Madras plague regulations and rules - Volume 2
Disease focus: Plague
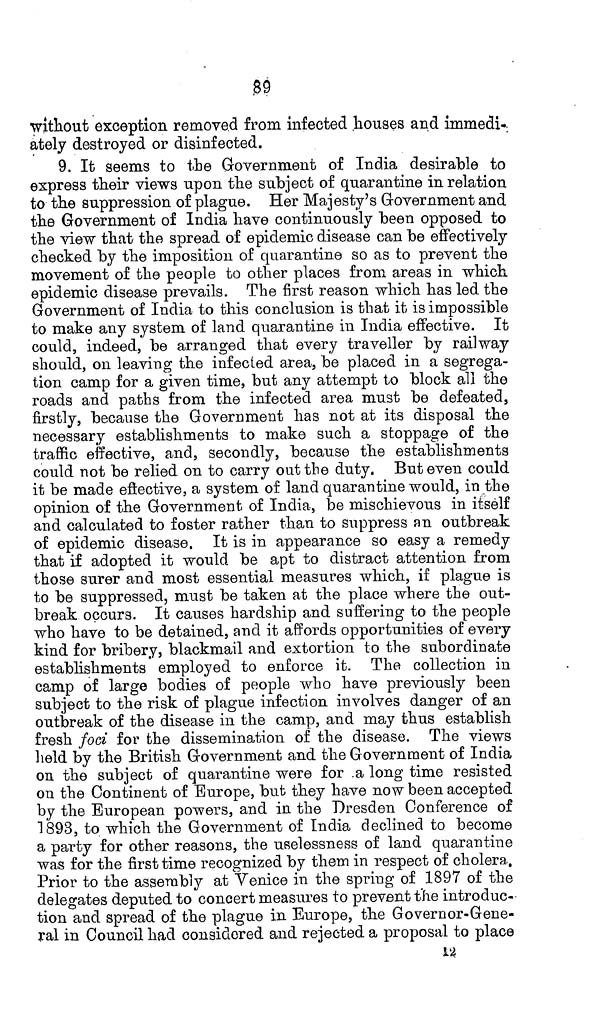
89
without exception removed from infected houses and immedi-
ately destroyed or disinfected.
9. It seems to the Government of India desirable to
express their views upon the subject of quarantine in relation
to the suppression of plague. Her Majesty's Government and
the Government of India have continuously been opposed to
the view that the spread of epidemic disease can be effectively
checked by the imposition of quarantine so as to prevent the
movement of the people to other places from areas in which
epidemic disease prevails. The first reason which has led the
Government of India to this conclusion is that it is impossible
to make any system of land quarantine in India effective. It
could, indeed, be arranged that every traveller by railway
should, on leaving the infected area, be placed in a segrega-
tion camp for a given time, but any attempt to block all the
roads and paths from the infected area must be defeated,
firstly, because the Government has not at its disposal the
necessary establishments to make such a stoppage of the
traffic effective, and, secondly, because the establishments
could not be relied on to carry out the duty. But even could
it be made effective, a system of land quarantine would, in the
opinion of the Government of India, be mischievous in itself
and calculated to foster rather than to suppress an outbreak
of epidemic disease. It is in appearance so easy a remedy
that if adopted it would be apt to distract attention from
those surer and most essential measures which, if plague is
to be suppressed, must be taken at the place where the out-
break occurs. It causes hardship and suffering to the people
who have to be detained, and it affords opportunities of every
kind for bribery, blackmail and extortion to the subordinate
establishments employed to enforce it. The collection in
camp of large bodies of people who have previously been
subject to the risk of plague infection involves danger of an
outbreak of the disease in the camp, and may thus establish
fresh foci for the dissemination of the disease. The views
held by the British Government and the Government of India
on the subject of quarantine were for a long time resisted
on the Continent of Europe, but they have now been accepted
by the European powers, and in the Dresden Conference of
1893, to which the Government of India declined to become
a party for other reasons, the uselessness of land quarantine
was for the first time recognized by them in respect of cholera.
Prior to the assembly at Venice in the spring of 1897 of the
delegates deputed to concert measures to prevent the introduc-
tion and spread of the plague in Europe, the Governor-Gene-
ral in Council had considered and rejected a proposal to place
12